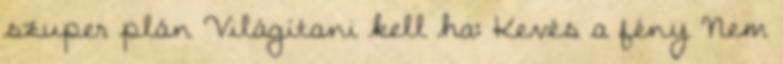
szuper plán Világítani kell ha: Kevés a fény Nem